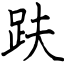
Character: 趺